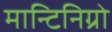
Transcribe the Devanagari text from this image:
मान्टिनिग्रो